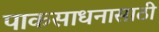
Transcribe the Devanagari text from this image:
पाकसाधनासाठी